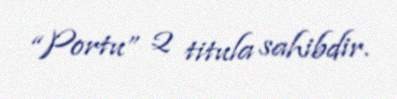
“Portu” 2 titula sahibdir.